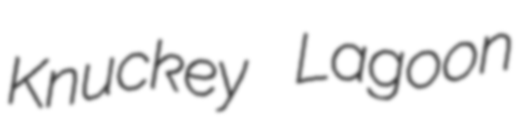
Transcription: Knuckey Lagoon